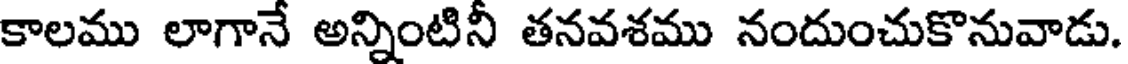
కాలము లాగానే అన్నింటినీ తనవశము నందుంచుకొనువాడు.